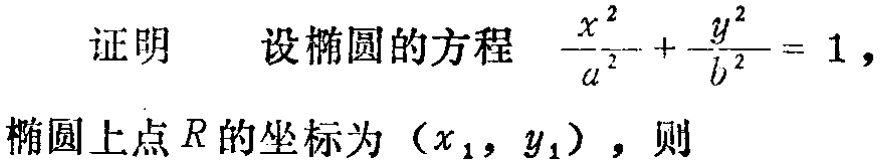
证明 设椭圆的方程$\frac{x^{2}}{a^{2}}+\frac{y^{2}}{b^{2}} = 1$，椭圆上点$R$的坐标为$(x_{1},y_{1})$，则